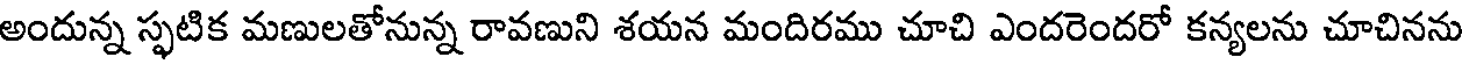
అందున్న స్ఫటిక మణులతోనున్న రావణుని శయన మందిరము చూచి ఎందరెందరో కన్యలను చూచినను